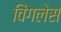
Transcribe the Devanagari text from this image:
विंगलेस